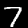
Digit: 7